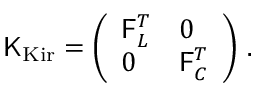
\begin{array} { r } { \mathsf { K } _ { \mathrm { K i r } } = \left( \begin{array} { l l } { \mathsf { F } _ { L } ^ { T } } & { 0 } \\ { 0 } & { \mathsf { F } _ { C } ^ { T } } \end{array} \right) \, . } \end{array}